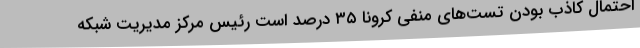
احتمال کاذب بودن تست‌های منفی کرونا ۳۵ درصد است رئیس مرکز مدیریت شبکه